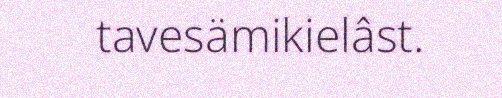
tavesämikielâst.